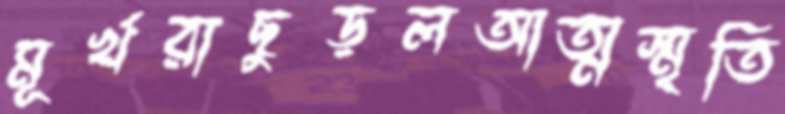
মূর্খরাছুড়লআত্মস্মৃতি